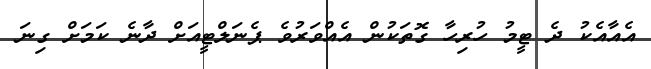
އެއާއެކު ދެ ޓީމު ހުރިހާ ގޮތަކުން އެއްވަރުވެ ޕެނަލްޓީއަށް ދާނެ ކަމަށް ގިނަ